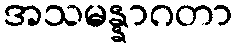
အသမန္နာဂတာ